Reports on dispensaries and lunatic asylums in the Province of Oudh - 1869-1876
Year: 1869
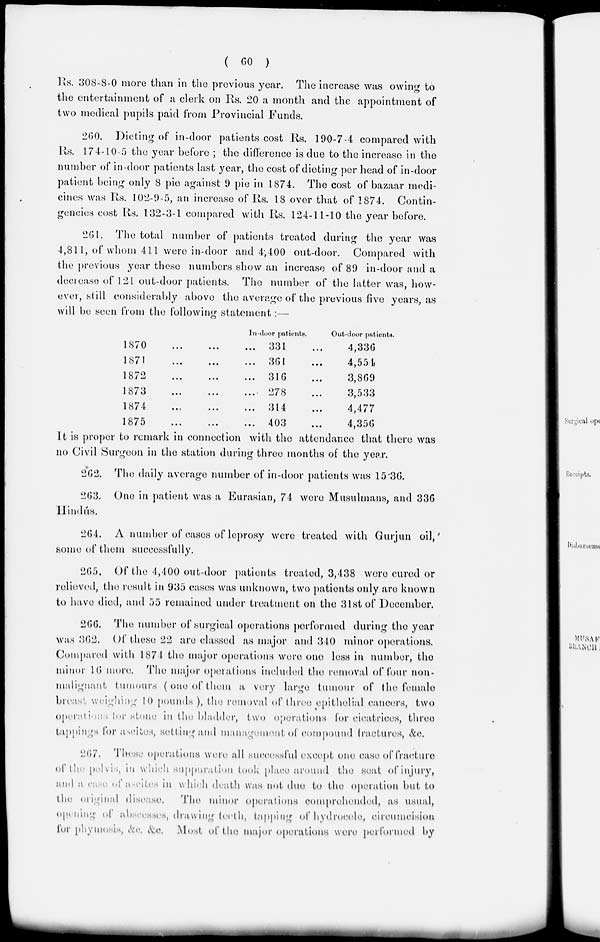
(
60
)
Rs. 308-8-0 more than in the previous year. The increase was owing to
the entertainment of a clerk on Rs.20 a month and the appointment of
two medical pupils paid from Provincial Funds.
260. Dieting of in-door patients cost Rs. 190-7-4 compared with
Rs. 174-10-5 the year before ; the difference is due to the increase in the
number of in-door patients last year, the cost of dieting per head of in-door
patient being only 8 pie against 9 pie in 1874. The cost of bazaar medi-
cines was Rs. 102-9-5, an increase of Rs. 18 over that of 1874. Contin-
gencies cost Rs. 132-3-1 compared with Rs. 124-11-10 the year before.
261. The total number of patients treated during the year was
4,811, of whom 411 were in-door and 4,400 out-door. Compared with
the previous year these numbers show an increase of 89 in-door and a
decrease of 121 out-door patients. The number of the latter was, how-
ever, still considerably above the average of the previous five years, as
will be seen from the following statement:—
1870
...
...
...
1871
...
...
...
1872
...
...
...
1873
...
... ...
1874 ... ... ...
1875 ... ... ...
In-door patients.
331 ...
361
...
316 ...
278
...
314 ...
403 ...
Out-door patients.
4,336
4,554
3,869
3,533
4,477
4,356
It is proper to remark in connection with the attendance that there was
no Civil Surgeon in the station during three months of the year.
262. The daily average number of in-door patients was 15.36.
263. One in patient was a Eurasian, 74 were Musalmans, and 336
Hindús.
264. A number of cases of leprosy were treated with Gurjun oil,
some of them successfully.
265. Of the 4,400 out-door patients treated, 3,438 were cured or
relieved, the result in 935 cases was unknown, two patients only are known
to have died, and 55 remained under treatment on the 31st of December.
266. The number of surgical operations performed during the year
was 362. Of these 22 are classed as major and 340 minor operations.
Compared with 1874 the major operations were one less in number, the
minor 16 more. The major operations included the removal of four non-
malignant tumours (one of them a very large tumour of the female
breast weighing 10 pounds), the removal of three epithelial cancers, two
operations for stone in the bladder, two operations for cicatrices, three
tappings for ascites, setting and management of compound fractures, &c.
267. These operations were all successful except one case of fracture
of the pelvis, in which suppuration took place around the seat of injury,
and a case of a aseites in which death was not due to the operation but to
the original disease.
The minor operations comprehended, as usual,
opening of abscesses, drawing teeth, tapping of hydrocele, circumcision
for phymosis, &c. &c. Most of the major operations were performed by